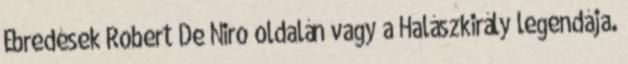
Ébredések Robert De Niro oldalán vagy a Halászkirály legendája.